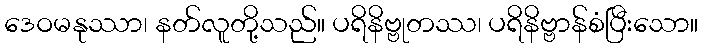
ဒေဝမနုဿာ၊ နတ်လူတို့သည်။ ပရိနိဗ္ဗုတဿ၊ ပရိနိဗ္ဗာန်စံပြီးသော။